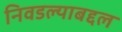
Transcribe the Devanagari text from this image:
निवडल्याबद्दल